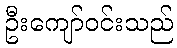
ဦးကျော်ဝင်းသည်